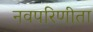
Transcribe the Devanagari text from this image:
नवपरिणीता